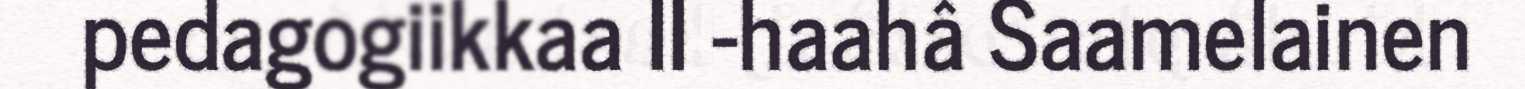
pedagogiikkaa II -haahâ Saamelainen